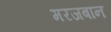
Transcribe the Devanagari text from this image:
मरजबान